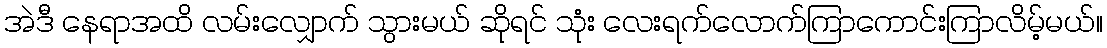
အဲဒီ နေရာအထိ လမ်းလျှောက် သွားမယ် ဆိုရင် သုံး လေးရက်လောက်ကြာကောင်းကြာလိမ့်မယ်။